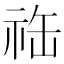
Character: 𬒴